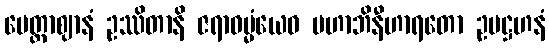
မေတ္တာဈာနံ ဥဿိတာနိ ဇရာဓမ္မံယေဝ မဟာဘိနီဟာရတော ဥပဋ္ဌဟနံ